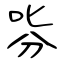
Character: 哛